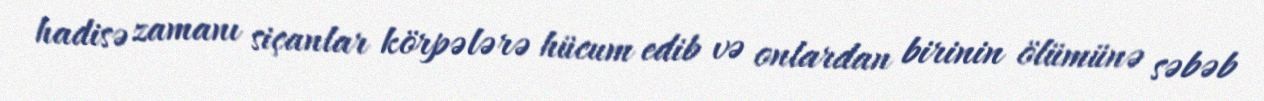
hadisə zamanı siçanlar körpələrə hücum edib və onlardan birinin ölümünə səbəb